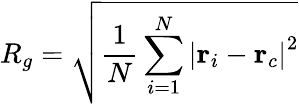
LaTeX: R_{g}=\sqrt{\frac{1}{N}\sum_{i=1}^{N}{|\mathbf{r}_{i}-\mathbf{r}_{c}|}^{2}}